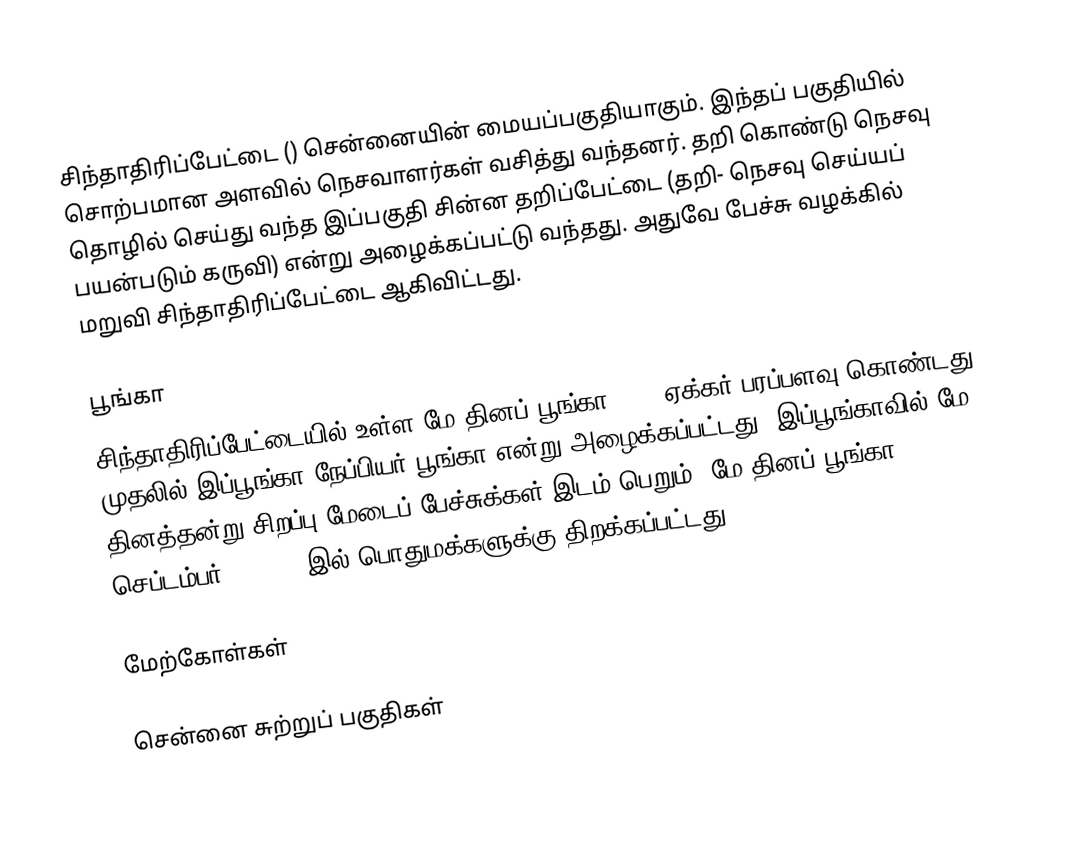
சிந்தாதிரிப்பேட்டை () சென்னையின் மையப்பகுதியாகும். இந்தப் பகுதியில் சொற்பமான அளவில் நெசவாளர்கள் வசித்து வந்தனர். தறி கொண்டு நெசவு தொழில் செய்து வந்த இப்பகுதி சின்ன தறிப்பேட்டை (தறி- நெசவு செய்யப் பயன்படும் கருவி) என்று அழைக்கப்பட்டு வந்தது. அதுவே பேச்சு வழக்கில் மறுவி சிந்தாதிரிப்பேட்டை ஆகிவிட்டது.

பூங்கா
சிந்தாதிரிப்பேட்டையில் உள்ள மே தினப் பூங்கா 14.5 ஏக்கர் பரப்பளவு கொண்டது. முதலில் இப்பூங்கா நேப்பியர் பூங்கா என்று அழைக்கப்பட்டது. இப்பூங்காவில் மே தினத்தன்று சிறப்பு மேடைப் பேச்சுக்கள் இடம் பெறும். மே தினப் பூங்கா செப்டம்பர் 13, 1950இல் பொதுமக்களுக்கு திறக்கப்பட்டது.

மேற்கோள்கள்

சென்னை சுற்றுப் பகுதிகள்